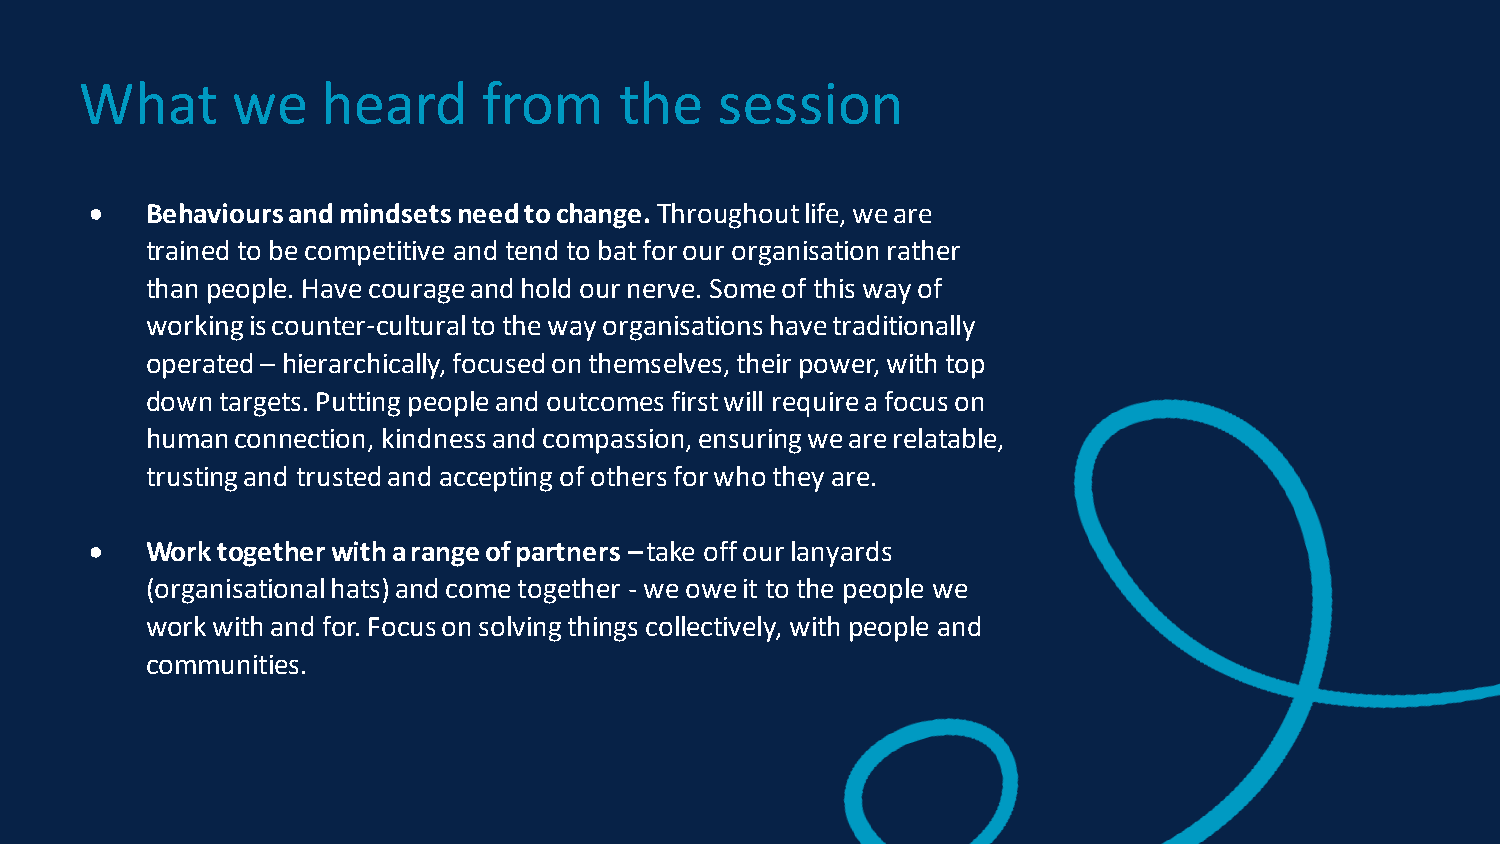
What      we    heard      from     the    session
 •   Behaviours and mindsets need to change. Throughout life, we are
 trained to be competitive and tend to bat for our organisation rather
 than people. Have courage and hold our nerve. Some of this way of
 working is counter-cultural to the way organisations have traditionally
 operated – hierarchically, focused on themselves, their power, with top
 down targets. Putting people and outcomes first will require a focus on
 human connection, kindness and compassion, ensuring we are relatable,
 trusting and trusted and accepting of others for who they are.
 •   Work together with a range of partners –take off our lanyards
 (organisational hats) and come together - we owe it to the people we
 work with and for. Focus on solving things collectively, with people and
 communities.